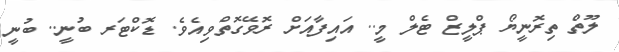
ލޫތް ތިރޮނީޔޯ ޕްލީޒް ޓެލް މީ.. އައިފާއަށް ރޮވޭގޮތްވިއެވެ. ޑޮކްޓަރ ބުނީ.. ބުނީ